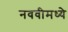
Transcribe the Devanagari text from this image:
नववीमध्ये